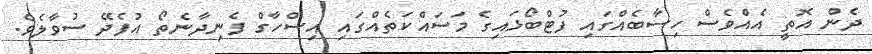
ދެން އޮތީ އެއެްވެސް ހިސާބެއްގައި ފުޓްބޯޅައިގެ މަސައްކަތެއްގައި އިސްހާގް ފެނިދާނެތޯ އުފެދޭ ސުވާލެވެ.